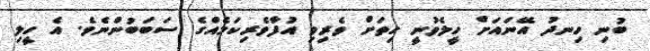
ބުނި ހިނދު އޭނައަށް ހީލެވުނީ ހިތަށް ވެރިވި އުފާވެރިކަމެއްގެ ސަބަބުންނެވެ. އެ ހީލި